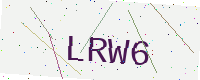
Text: LRW6